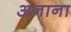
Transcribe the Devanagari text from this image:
अनाना